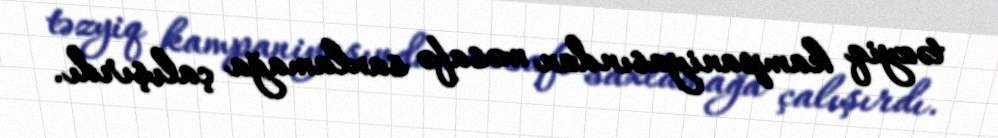
təzyiq kampaniyasından məsafə saxlamağa çalışırdı.